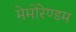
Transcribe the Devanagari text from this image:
मेमोरेण्डम